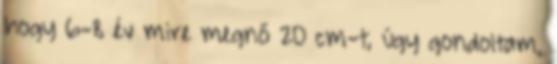
hogy 6-8 év mire megnő 20 cm-t, úgy gondoltam,